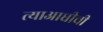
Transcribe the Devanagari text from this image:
त्याआधीची